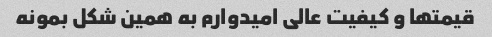
قیمتها و کیفیت عالی امیدوارم به همین شکل بمونه